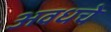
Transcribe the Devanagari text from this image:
अवधचे